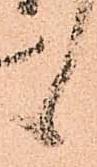
候